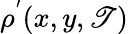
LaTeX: \rho^{'}(x,y,\mathscr{T})